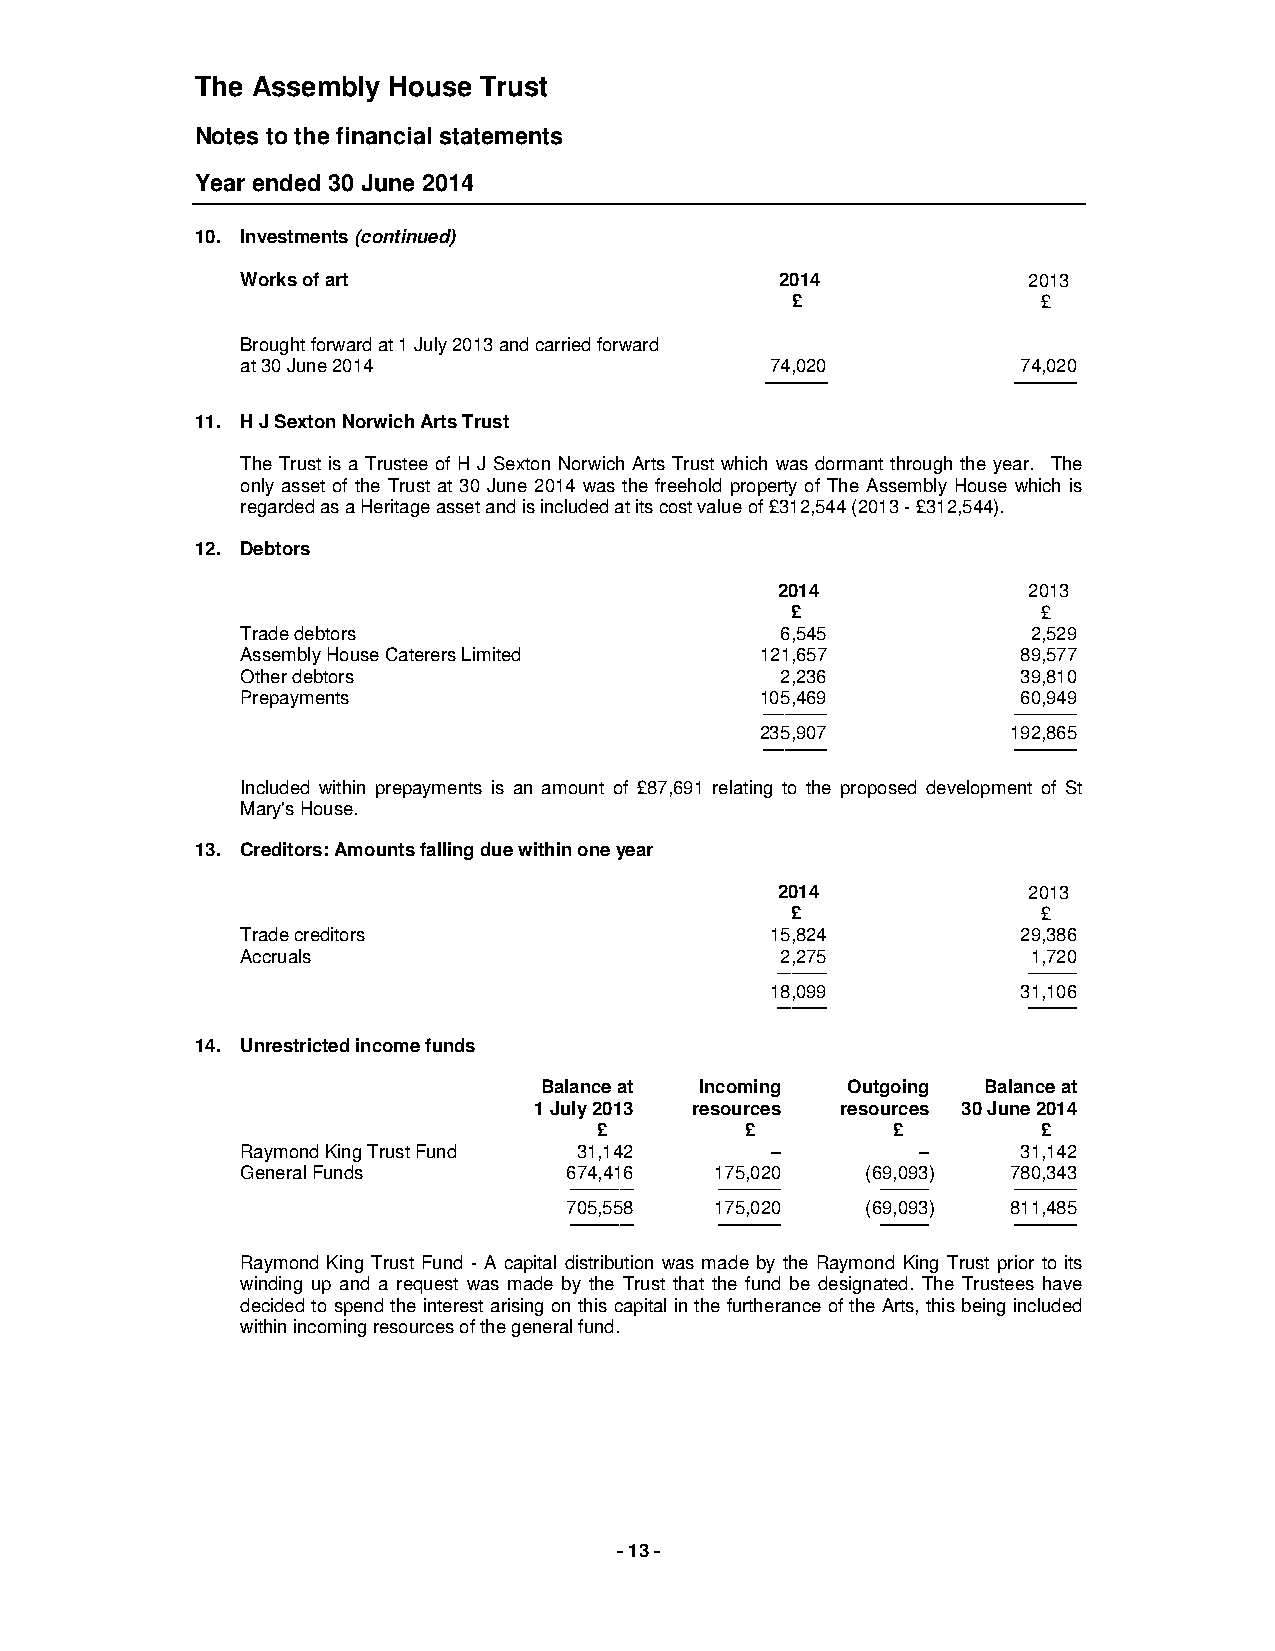
The Assembly House Trust
 Notes to the financial statements
 Year ended 30 June 2014
 10. Investments (continued)
 Works of art                        2014            2013
 £                £
 Brought forward at 1 July 2013 and carried forward
 at 30 June 2014                    74,020           74,020
 ═════════       ═════════
 11. H J Sexton Norwich Arts Trust
 The Trust is a Trustee of H J Sexton Norwich Arts Trust which was dormant through the year. The
 only asset of the Trust at 30 June 2014 was the freehold property of The Assembly House which is
 regarded as a Heritage asset and is included at its cost value of £312,544 (2013 - £312,544).
 12. Debtors
 2014             2013
 £                £
 Trade debtors                       6,545           2,529
 Assembly House Caterers Limited   121,657           89,577
 Other debtors                       2,236           39,810
 Prepayments                       105,469           60,949
 ─────────       ─────────
 235,907          192,865
 ═════════       ═════════
 Included within prepayments is an amount of £87,691 relating to the proposed development of St
 Mary's House.
 13. Creditors: Amounts falling due within one year
 2014             2013
 £                £
 Trade creditors                    15,824           29,386
 Accruals                            2,275           1,720
 ───────          ───────
 18,099           31,106
 ═══════          ═══════
 14. Unrestricted income funds
 Balance at Incoming Outgoing Balance at
 1 July 2013 resources resources 30 June 2014
 £        £         £         £
 Raymond King Trust Fund 31,142     –         –      31,142
 General Funds        674,416   175,020   (69,093)  780,343
 ───────── ───────── ───────  ─────────
 705,558   175,020   (69,093)  811,485
 ═════════ ═════════ ═══════  ═════════
 Raymond King Trust Fund - A capital distribution was made by the Raymond King Trust prior to its
 winding up and a request was made by the Trust that the fund be designated. The Trustees have
 decided to spend the interest arising on this capital in the furtherance of the Arts, this being included
 within incoming resources of the general fund.
 - 13 -